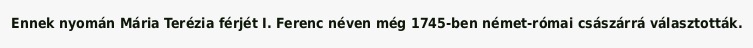
Ennek nyomán Mária Terézia férjét I. Ferenc néven még 1745-ben német-római császárrá választották.